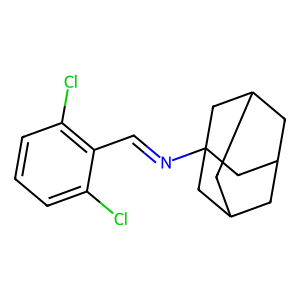
SMILES: Clc1cccc(Cl)c1C=NC12CC3CC(CC(C3)C1)C2
Inhibits HIV replication: No